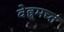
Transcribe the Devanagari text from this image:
वेह्र्मच्त